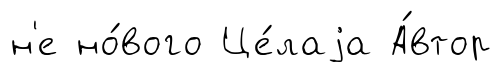
н'е но́вого Це́лаjа А́втор